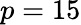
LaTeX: p=15